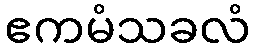
ဧကမံသခလံ